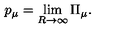
p _ { \mu } = \lim _ { R \to \infty } \Pi _ { \mu } .